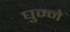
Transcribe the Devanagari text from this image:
घुम्ने